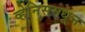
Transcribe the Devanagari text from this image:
व्हेनिसमधून